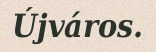
Újváros.